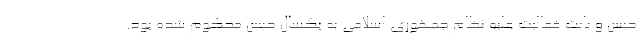
حبس و بابت فعالیت علیه نظام جمهوری اسلامی به یکسال حبس محکوم شده بود.